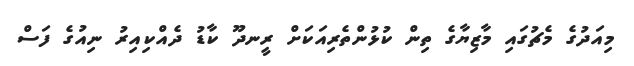
މިއަދުގެ މެޗުގައި މާޒިޔާގެ ތިން ކުޅުންތެރިއަކަށް ރީނދޫ ކާޑު ދެއްކިއިރު ނިއުގެ ފަސް